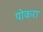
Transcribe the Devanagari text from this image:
पोकरा